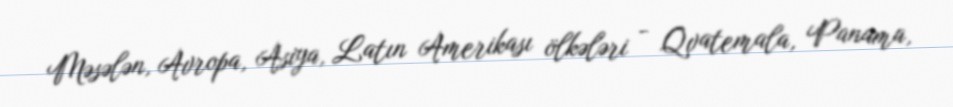
Məsələn, Avropa, Asiya, Latın Amerikası ölkələri - Qvatemala, Panama,